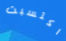
اكتسبت